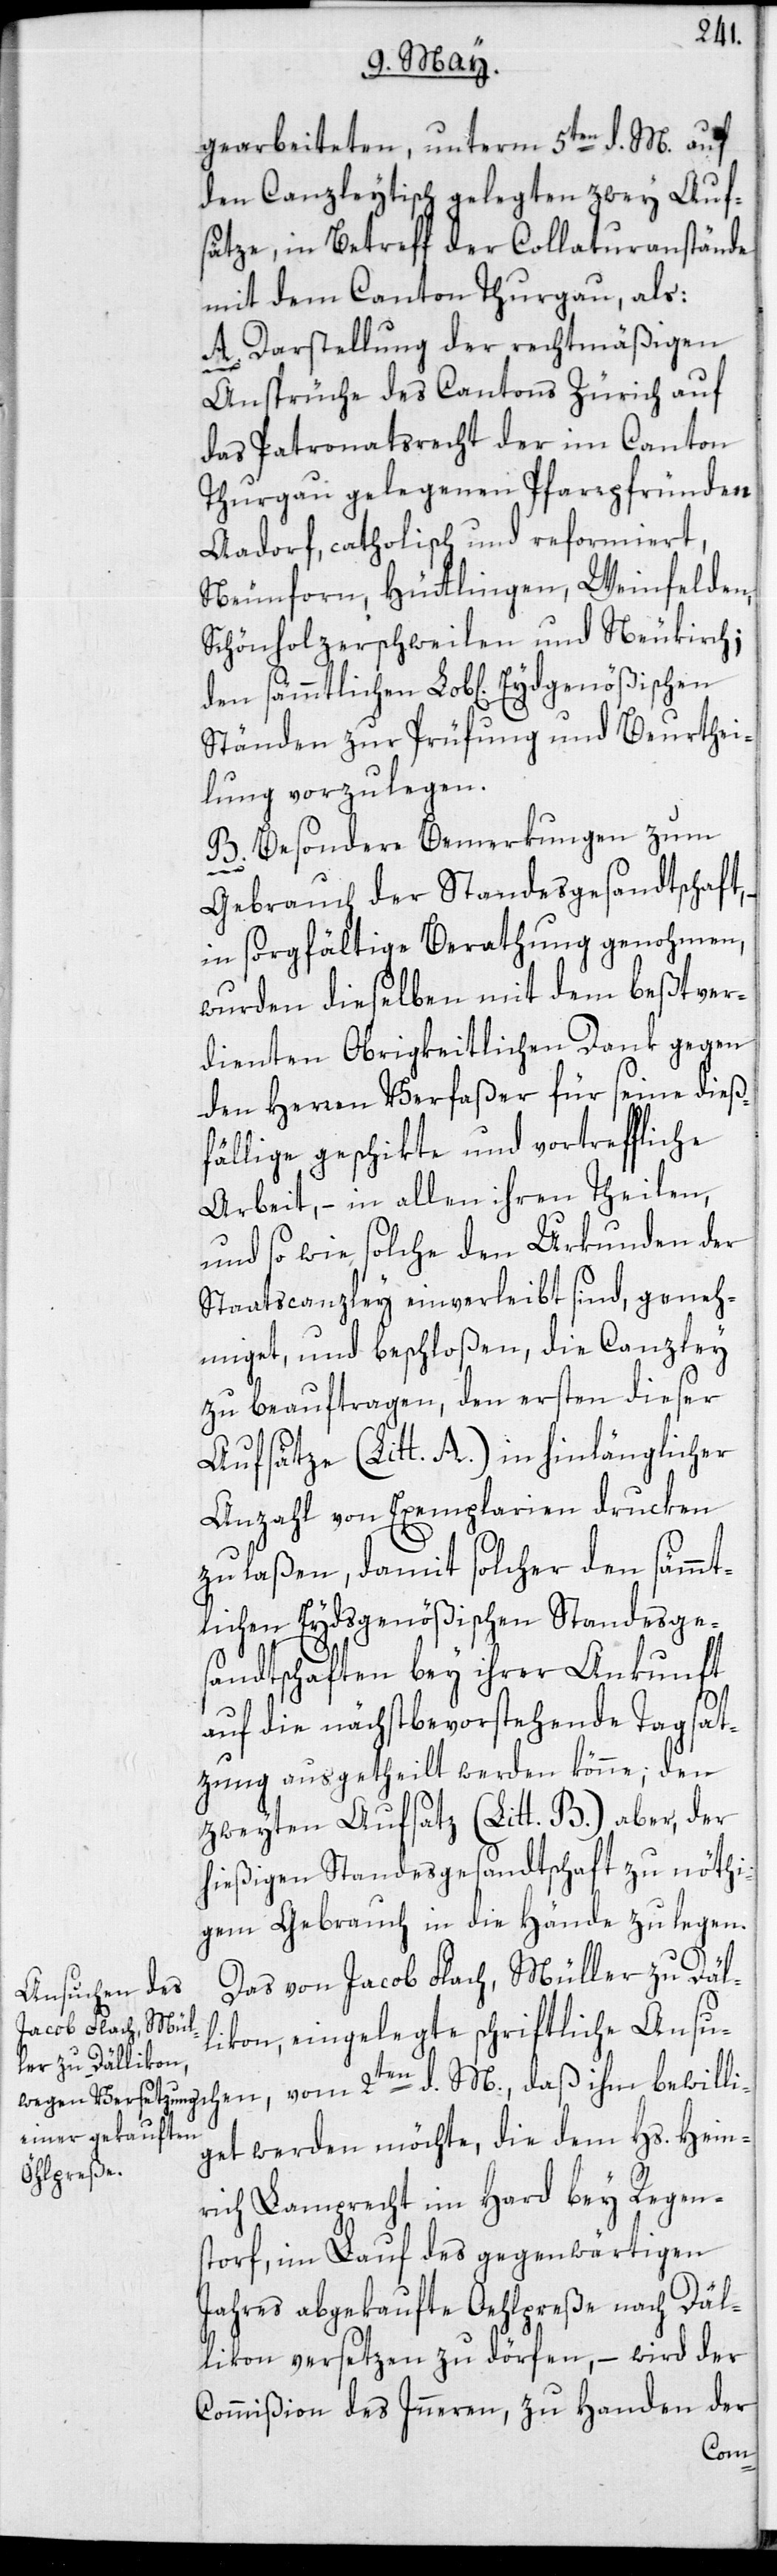
gearbeiteten, unterm 5ten d. M. auf
den Canzleytisch gelegten zwey Auf¬
sätze, in Betreff der Collaturanstände
mit dem Canton Thurgau, als:
A. Darstellung der rechtmäßigen
Ansprüche des Cantons Zürich auf
das Patronatsrecht der im Canton
Thurgau gelegenen Pfarrpfründen
Aadorf, catholisch und reformiert,
Neunforn, Hüttlingen, Weinfelden,
Schönholzerschweilen und Neukirch;
Ständen zur Prüfung und Beurthei¬
lung vorzulegen.
B. Besondere Bemerkungen zum
Gebrauch der Standesgesandtschaft,
in sorgfältige Berathung genohmen,
wurden dieselben mit dem beßtver¬
dienten Obrigkeitlichen Dank gegen
den Herren Verfaßer für seine dieß¬
fällige geschikte und vortreffliche
Arbeit, – in allen ihren Theilen,
und so wie solche den Urkunden der
Staatscanzley einverleibt sind, geneh¬
miget, und beschloßen, die Canzley
zu beauftragen, den ersten dieser
Aufsätze (Litt. A.) in hinlänglicher
Anzahl von Exemplarien drucken
zu laßen, damit solcher den sämmt¬
lichen Eydsgenößischen Standesge¬
sandtschaften bey ihrer Ankunft
auf die nächstbevorstehende Tagsat¬
zung ausgetheilt werden könne; den
zweyten Aufsatz (Litt. B.) aber, der
hießigen Standesgesandtschaft zu nöthi¬
gem Gebrauch in die Hände zu legen.
Das von Jacob Flach, Müller zu Däl¬
likon, eingelegte schriftliche Ansu¬
get werden möchte, die dem Hs. Hein¬
rich Lamprecht im Hard bey Regen¬
storf, im Lauf des gegenwärtigen
Jahres abgekaufte Oehlpreße, nach Däl¬
likon versetzen zu dörfen, – wird der
Commißion des Inneren, zu Handen der
bewilli¬